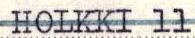
HOLKKI 11